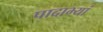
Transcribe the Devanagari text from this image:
पादाभ्यां